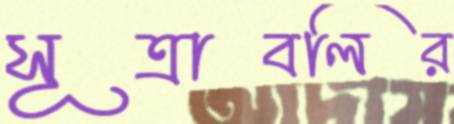
সূত্রাবলির